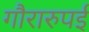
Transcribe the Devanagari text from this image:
गौरारुपई